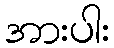
အားပါး